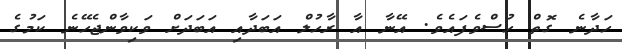
ހަދާނެ ގޮތް ހުސްވެފައެވެ. އޭނާ އާ ރާހުލް އަބަދާއި އަބަދަށް ވަކިވާންޖެހޭނެ ކަމުގެ